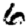
Digit: 6